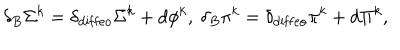
LaTeX: \delta _ { B } \Sigma ^ { k } = \delta _ { \mathrm { d i f f e o } } \Sigma ^ { k } + d \phi ^ { k } , ~ \delta _ { B } \pi ^ { k } = \delta _ { \mathrm { d i f f e o } } \pi ^ { k } + d \Pi ^ { k } ,